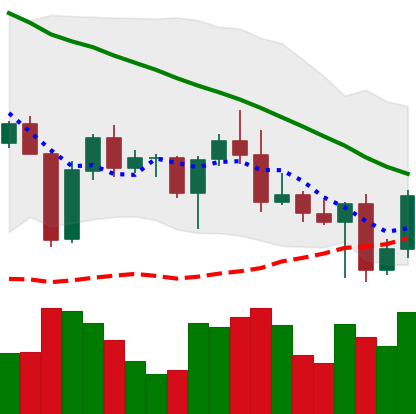
Ticker: BNB-USD
Chart end date: 2022-04-28
Forward return: -5.715%
Label: down_5_7